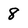
Character: 8